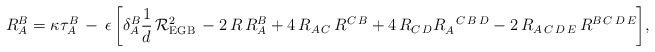
\begin{align*}R_{A}^{B} = \kappa \tau_{A}^{B}\, - \,\epsilon \,\biggl[ \delta_{A}^{B} \frac{1}{d} \, {\cal R}^2_{\rm EGB}\, - 2 \, R\, R_{A}^{B} + 4\, R_{A\,C} \, R^{C\,B} + 4 \, R_{C\, D}R_{ A}^{~~C\,B\, D} - 2\, R_{A\,C\,D\,E} \, R^{B\,C\,D\,E} \biggr],\end{align*}